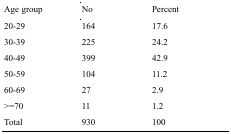
| Age group | No | Percent |
 | --- | --- | --- |
 | 20-29 | 164 | 17.6 |
 | 30-39 | 225 | 24.2 |
 | 40-49 | 399 | 42.9 |
 | 50-59 | 104 | 11.2 |
 | 60-69 | 27 | 2.9 |
 | >=70 | 11 | 1.2 |
 | Total | 930 | 100 |